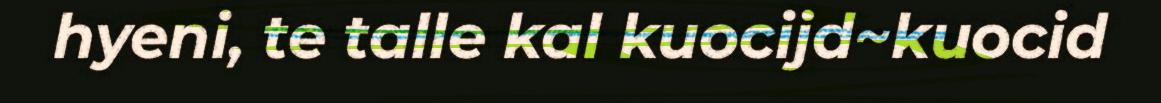
hyeni, te talle kal kuocijd~kuocid